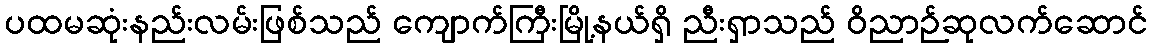
ပထမဆုံးနည်းလမ်းဖြစ်သည် ကျောက်ကြီးမြို့နယ်ရှိ ညီးရှာသည် ဝိညာဉ်ဆုလက်ဆောင်